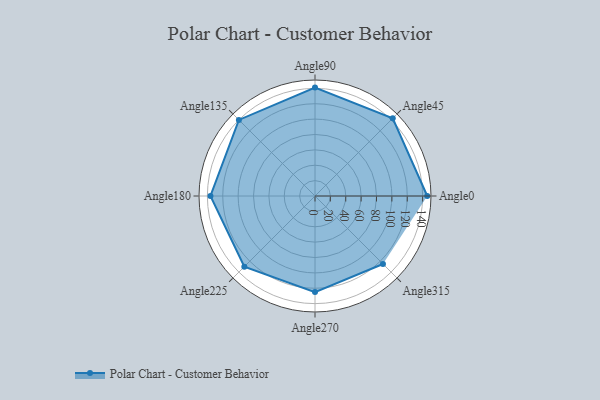
{"axis": {"x": "Angle", "y": "Radius"}, "legend": [""], "data": [{"x": "Angle0", "y": 146.0, "type": ""}, {"x": "Angle45", "y": 143.0, "type": ""}, {"x": "Angle90", "y": 141.0, "type": ""}, {"x": "Angle135", "y": 140.0, "type": ""}, {"x": "Angle180", "y": 136.0, "type": ""}, {"x": "Angle225", "y": 130.0, "type": ""}, {"x": "Angle270", "y": 125.0, "type": ""}, {"x": "Angle315", "y": 125.0, "type": ""}]}